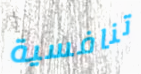
تنافسية